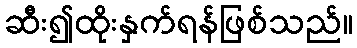
ဆီး၍ထိုးနှက်ရန်ဖြစ်သည်။